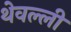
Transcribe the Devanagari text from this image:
थेवल्ली